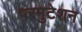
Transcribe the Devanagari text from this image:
परमुटेशन